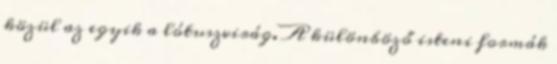
közül az egyik a lótuszvirág. A különböző isteni formák